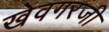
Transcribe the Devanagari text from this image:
खेवगरजी